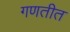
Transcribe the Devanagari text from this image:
गणतीत